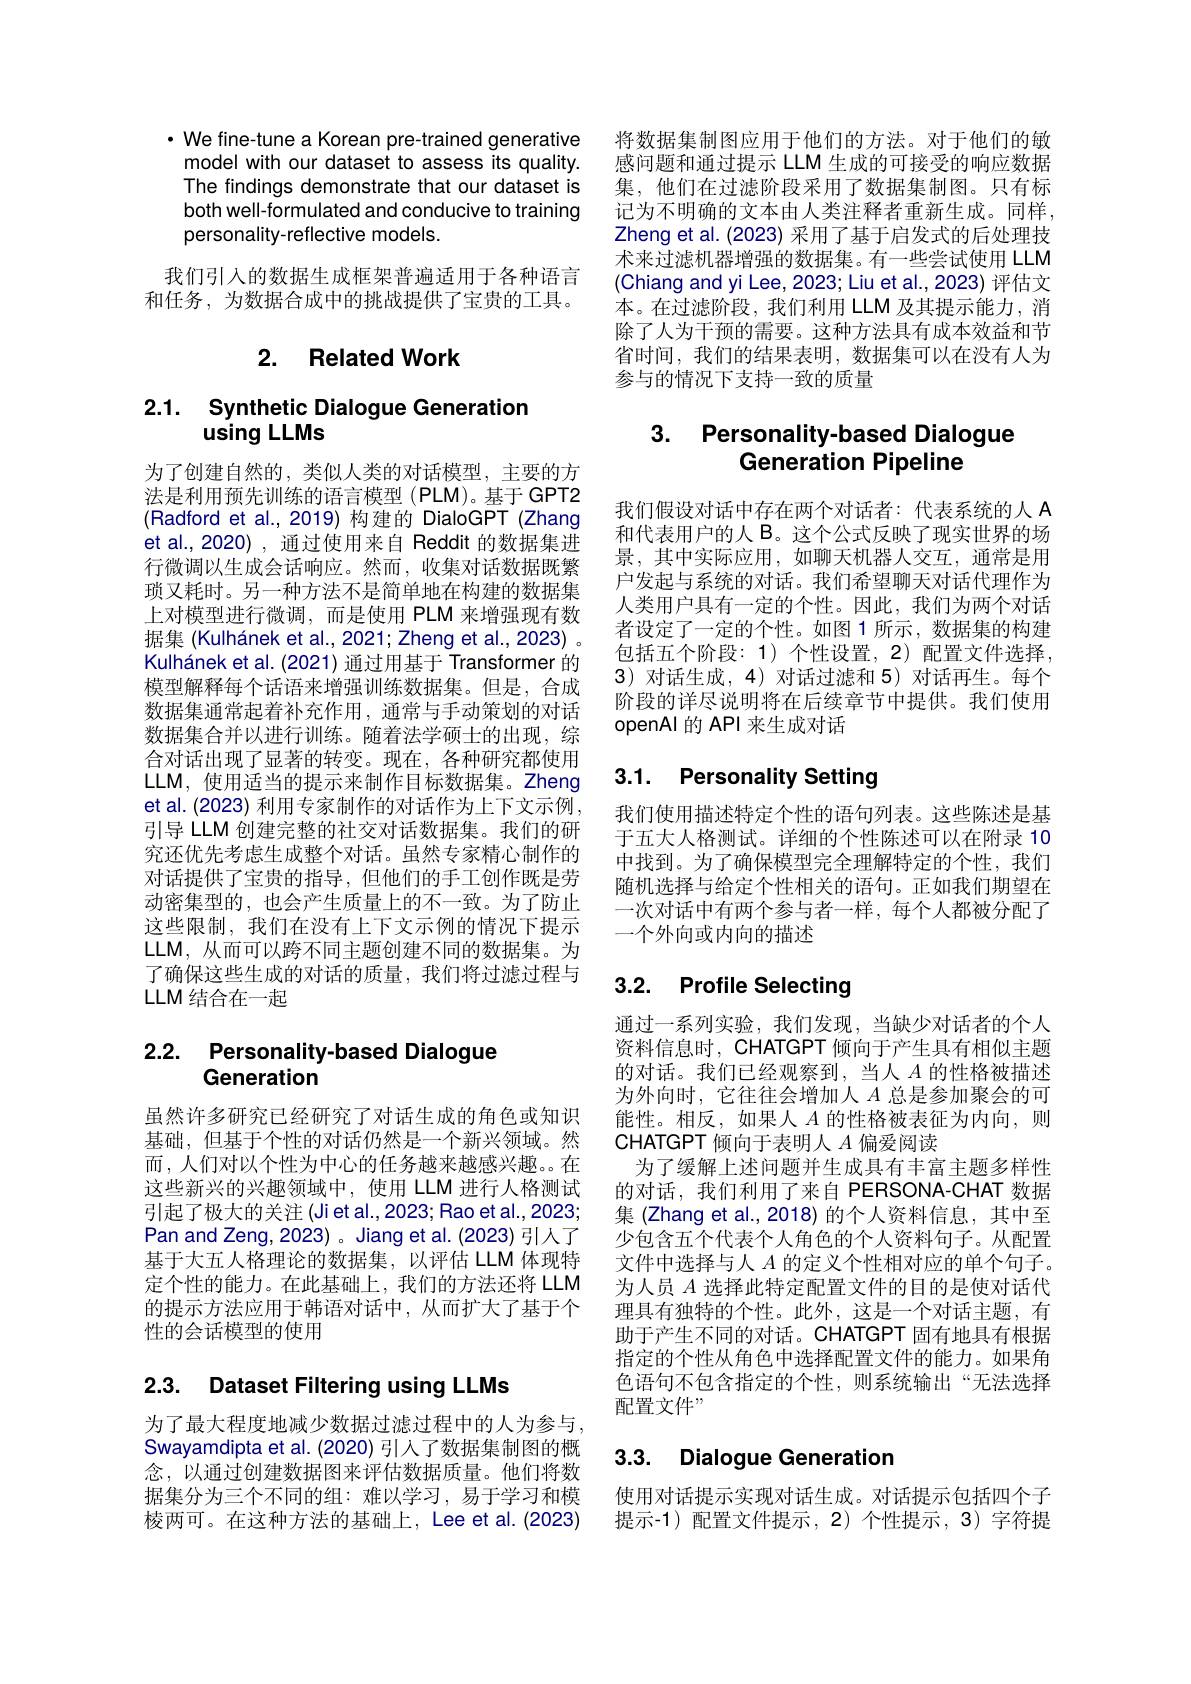
$\cdot$ We fine-tune a Korean pre-trained generative model with our dataset to assess its quality. The findings demonstrate that our dataset is both well-formulated and conducive to training personality-reflective models.

我们引入的数据生成框架普遍适用于各种语言和任务，为数据合成中的挑战提供了宝贵的工具。

## 2. Related Work

# 2.1. Synthetic Dialogue Generation using LLMs

为了创建自然的，类似人类的对话模型，主要的方法是利用预先训练的语言模型 (PLM)。基于 GPT2 (Radford et al.,2019)构建的 DialoGPT (Zhang et al.,2020), 通过使用来自 Reddit 的数据集进行微调以生成会话响应。然而，收集对话数据既繁琐又耗时。另一种方法不是简单地在构建的数据集上对模型进行微调，而是使用 PLM 来增强现有数据集 (Kulhánek et al., 2021; Zheng et al., 2023) 。Kulhánek et al. (2021) 通过用基于 Transformer 的模型解释每个话语来增强训练数据集。但是，合成数据集通常起着补充作用，通常与手动策划的对话数据集合并以进行训练。随着法学硕士的出现，综合对话出现了显著的转变。现在，各种研究都使用LLM, 使用适当的提示来制作目标数据集。Zheng et al. (2023) 利用专家制作的对话作为上下文示例， 引导 LLM 创建完整的社交对话数据集。我们的研究还优先考虑生成整个对话。虽然专家精心制作的对话提供了宝贵的指导，但他们的手工创作既是劳动密集型的 ,也会产生质量上的不一致。为了防止这些限制，我们在没有上下文示例的情况下提示LLM, 从而可以跨不同主题创建不同的数据集。为了确保这些生成的对话的质量，我们将过滤过程与LLM 结合在一起

# 2.2. Personality-based Dialogue Generation

虽然许多研究已经研究了对话生成的角色或知识基础，但基于个性的对话仍然是一个新兴领域。然而，人们对以个性为中心的任务越来越感兴趣。在这些新兴的兴趣领域中，使用 LLM 进行人格测试引起了极大的关注(Jiet al.,2023; Rao et al.,2023; Pan and Zeng, 2023) 。Jiang et al. (2023) 引人了基于大五人格理论的数据集，以评估 LLM 体现特定个性的能力。在此基础上，我们的方法还将 LLM 的提示方法应用于韩语对话中，从而扩大了基于个性的会话模型的使用

## 2.3. Dataset Filtering using LLMs

为了最大程度地减少数据过滤过程中的人为参与Swayamdipta et al. (2020) 引人了数据集制图的概念，以通过创建数据图来评估数据质量。他们将数据集分为三个不同的组：难以学习，易于学习和模棱两可。在这种方法的基础上，Lee et al.(2023)

将数据集制图应用于他们的方法。对于他们的敏感问题和通过提示 LLM 生成的可接受的响应数据集，他们在过滤阶段采用了数据集制图。只有标记为不明确的文本由人类注释者重新生成。同样， Zheng et al. (2023) 采用了基于启发式的后处理技术来过滤机器增强的数据集。有一些尝试使用 LLM (Chiang and yi Lee, 2023; Liu et al., 2023) 评估文本。在过滤阶段，我们利用 LLM 及其提示能力，消除了人为干预的需要。这种方法具有成本效益和节省时间，我们的结果表明，数据集可以在没有人为参与的情况下支持一致的质量

# 3. Personality-based Dialogue Generation Pipeline

我们假设对话中存在两个对话者：代表系统的人 A 和代表用户的人 B。这个公式反映了现实世界的场景，其中实际应用，如聊天机器人交互，通常是用户发起与系统的对话。我们希望聊天对话代理作为人类用户具有一定的个性。因此，我们为两个对话者设定了一定的个性。如图 1 所示，数据集的构建包括五个阶段：1)个性设置，2)配置文件选择， 3) 对话生成，4)对话过滤和 5)对话再生。每个阶段的详尽说明将在后续章节中提供。我们使用openAl 的 API 来生成对话

# 3.1. Personality Setting

我们使用描述特定个性的语句列表。这些陈述是基于五大人格测试。详细的个性陈述可以在附录 10中找到。为了确保模型完全理解特定的个性，我们随机选择与给定个性相关的语句。正如我们期望在一次对话中有两个参与者一样，每个人都被分配了一个外向或内向的描述

# 3.2. Profile Selecting

通过一系列实验，我们发现，当缺少对话者的个人资料信息时，CHATGPT 倾向于产生具有相似主题的对话。我们已经观察到，当人$A$的性格被描述为外向时，它往往会增加人$A$总是参加聚会的可能性。相反，如果人$A$的性格被表征为内向，则CHATGPT 倾向于表明人$A$偏爱阅读
为了缓解上述问题并生成具有丰富主题多样性的对话，我们利用了来自 PERSONA-CHAT 数据集 (Zhang et al.,2018) 的个人资料信息，其中至少包含五个代表个人角色的个人资料句子。从配置文件中选择与人$A$的定义个性相对应的单个句子。为人员$A$选择此特定配置文件的目的是使对话代理具有独特的个性。此外，这是一个对话主题，有助于产生不同的对话。CHATGPT 固有地具有根据指定的个性从角色中选择配置文件的能力。如果角色语句不包含指定的个性，则系统输出“无法选择配置文件”

## 3.3. Dialogue Generatior

使用对话提示实现对话生成。对话提示包括四个子提示-1)配置文件提示，2)个性提示，3)字符提